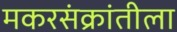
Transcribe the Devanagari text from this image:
मकरसंक्रांतीला